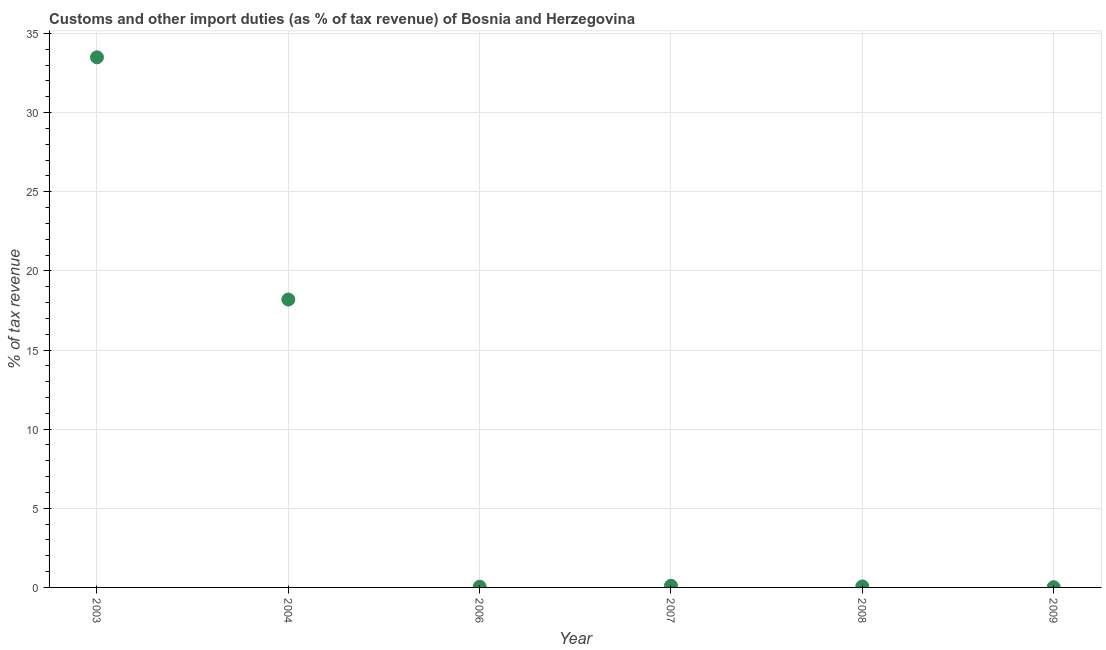
| Year | Customs and other import duties |
 | --- | --- |
 | 2003 | 33.5 |
 | 2004 | 18.2 |
 | 2006 | 0.0427 |
 | 2007 | 0.107 |
 | 2008 | 0.0624 |
 | 2009 | 0.0155 |